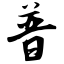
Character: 普